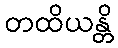
တထိယန္တိ